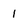
Character: l